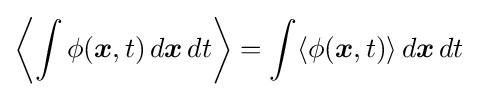
\left\langle \int \phi ({\boldsymbol {x}},t)\,d{\boldsymbol {x}}\,dt\right\rangle =\int \langle \phi ({\boldsymbol {x}},t)\rangle \,d{\boldsymbol {x}}\,dt